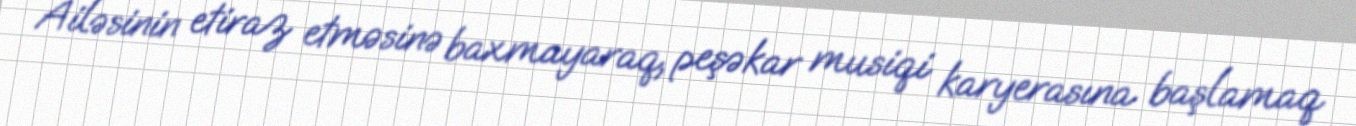
Ailəsinin etiraz etməsinə baxmayaraq, peşəkar musiqi karyerasına başlamaq